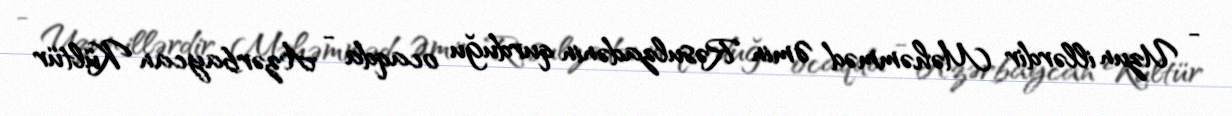
- Uzun illərdir Məhəmməd Əmin Rəsulzadənin qurduğu ocaqda - Azərbaycan Kültür